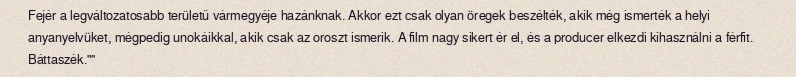
Fejér a legváltozatosabb területű vármegyéje hazánknak. Akkor ezt csak olyan öregek beszélték, akik még ismerték a helyi anyanyelvüket, mégpedig unokáikkal, akik csak az oroszt ismerik. A film nagy sikert ér el, és a producer elkezdi kihasználni a férfit. Báttaszék.""